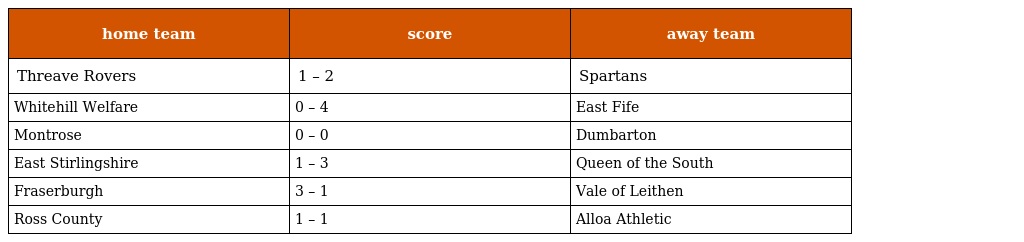
| home team | score | away team |
 | --- | --- | --- |
 | Threave Rovers | 1 – 2 | Spartans |
 | Whitehill Welfare | 0 – 4 | East Fife |
 | Montrose | 0 – 0 | Dumbarton |
 | East Stirlingshire | 1 – 3 | Queen of the South |
 | Fraserburgh | 3 – 1 | Vale of Leithen |
 | Ross County | 1 – 1 | Alloa Athletic |